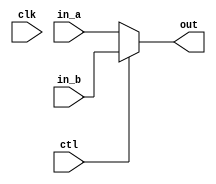
module Mux21	#(parameter BUS_WIDTH=8)
				 (clk, ctl, in_a, in_b, out);
	
	output reg	[BUS_WIDTH-1:0]	out;
	
	input						clk;
	input 		[BUS_WIDTH-1:0]	in_a;
	input 		[BUS_WIDTH-1:0]	in_b;
	input						ctl;
	
	always @ (ctl, in_a, in_b) begin
		if(ctl == 1'b0) begin
			out <= in_a;
		end else begin
			out <= in_b;
		end
	end
endmodule